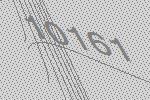
10161